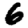
Digit: 6